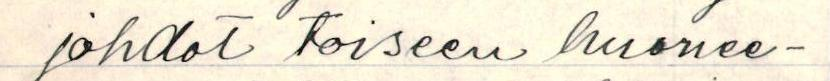
johdot toiseen huonee-